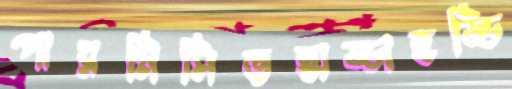
পারমিসিভহাড্ডাহড্ডি